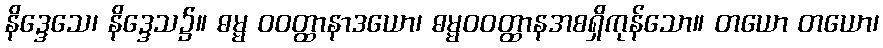
နိဒ္ဒေသေ၊ နိဒ္ဒေသ၌။ ဓမ္မ ဝဝတ္ထာနာဒယော၊ ဓမ္မဝဝတ္ထာနအစရှိကုန်သော။ တယော တယော၊